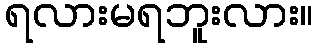
ရလားမရဘူးလား။